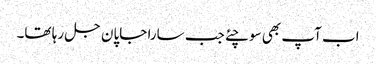
اب آپ بھی سوچئے جب سارا جاپان جل رہا تھا۔